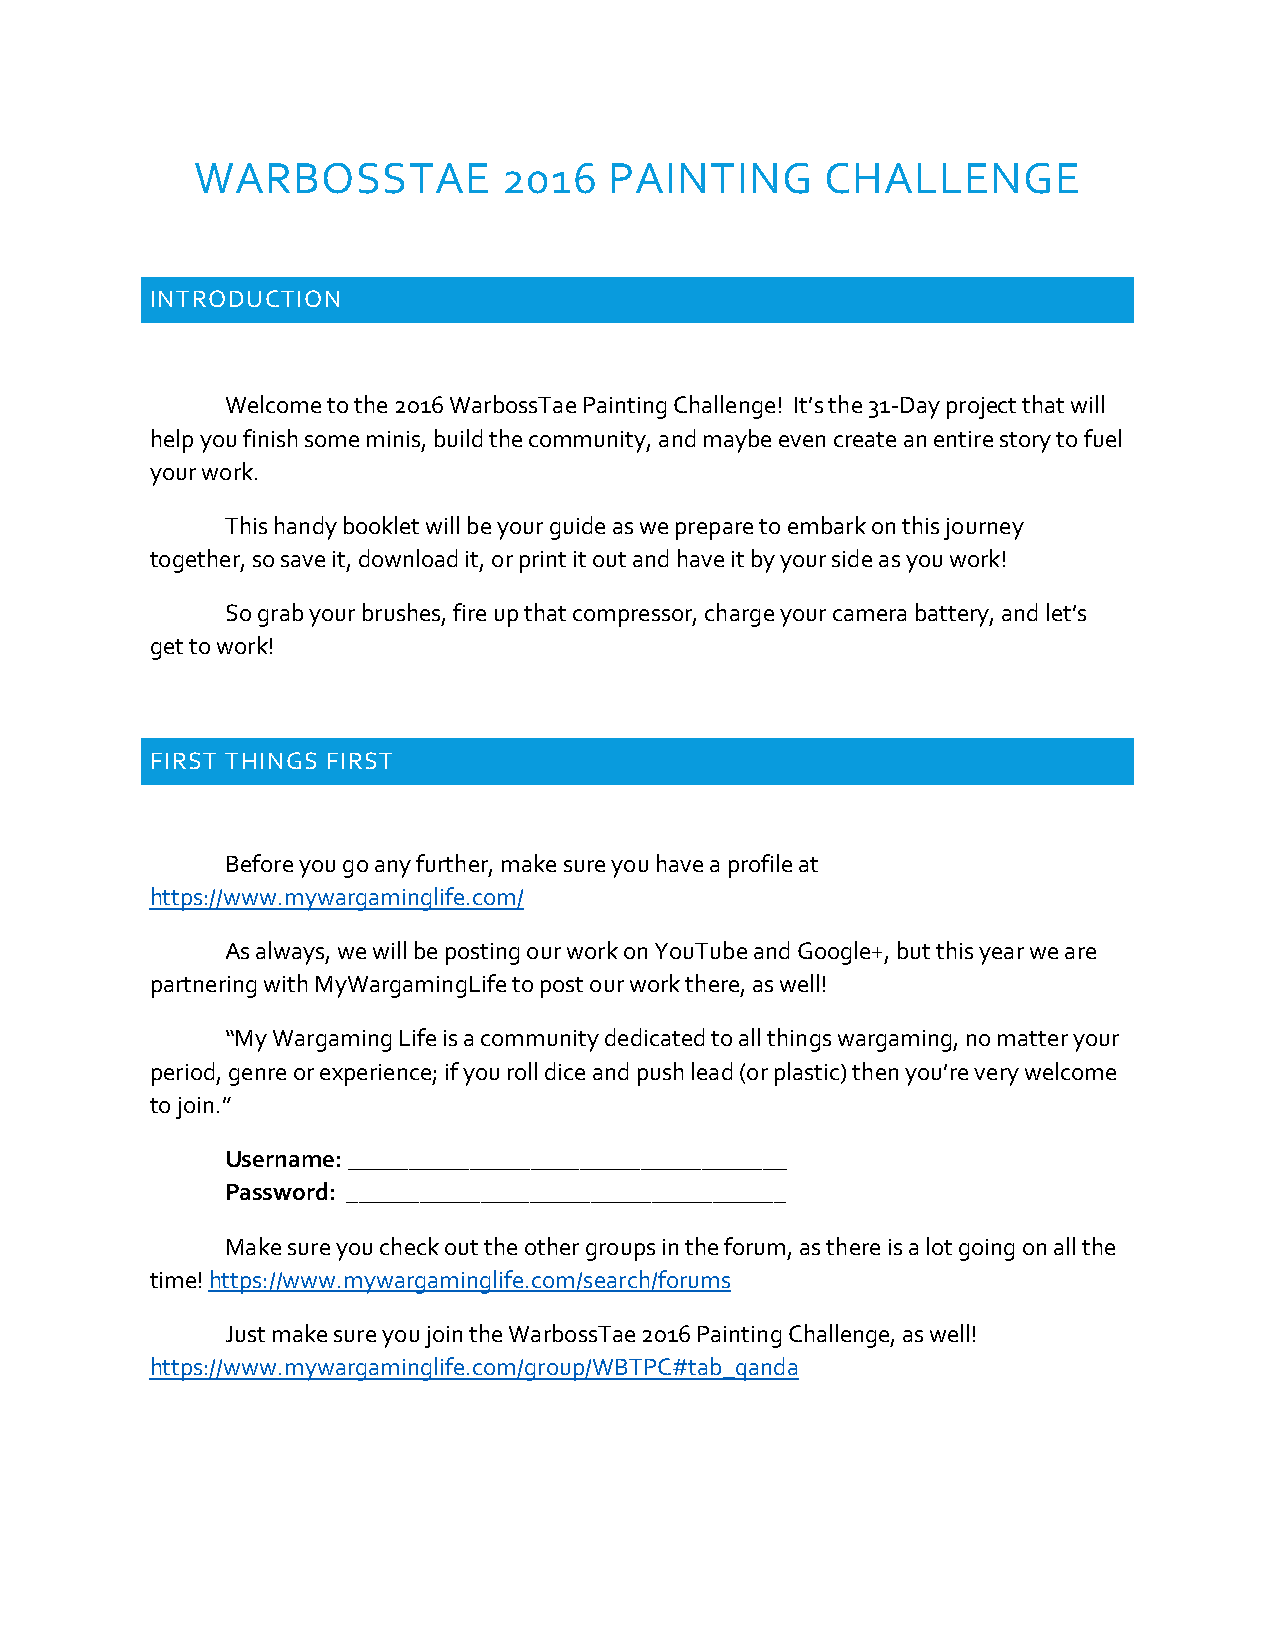
WARBOSSTAE          2016   PAINTING       CHALLENGE
 INTRODUCTION
 Welcome to the 2016 WarbossTae Painting Challenge! It’s the 31-Day project that will
 help you finish some minis, build the community, and maybe even create an entire story to fuel
 your work.
 This handy booklet will be your guide as we prepare to embark on this journey
 together, so save it, download it, or print it out and have it by your side as you work!
 So grab your brushes, fire up that compressor, charge your camera battery, and let’s
 get to work!
 FIRST THINGS FIRST
 Before you go any further, make sure you have a profile at
 https://www.mywargaminglife.com/
 As always, we will be posting our work on YouTube and Google+, but this year we are
 partnering with MyWargamingLife to post our work there, as well!
 “My Wargaming Life is a community dedicated to all things wargaming, no matter your
 period, genre or experience; if you roll dice and push lead (or plastic) then you’re very welcome
 to join.”
 Username: ____________________________________
 Password: ____________________________________
 Make sure you check out the other groups in the forum, as there is a lot going on all the
 time! https://www.mywargaminglife.com/search/forums
 Just make sure you join the WarbossTae 2016 Painting Challenge, as well!
 https://www.mywargaminglife.com/group/WBTPC#tab_qanda